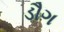
ડૌગ